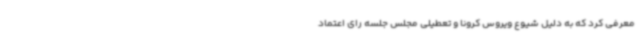
معرفی کرد که به دلیل شیوع ویروس کرونا و تعطیلی مجلس جلسه رای اعتماد